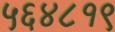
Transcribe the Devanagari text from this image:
५६४८१९